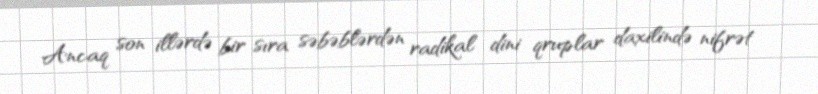
Ancaq son illərdə bir sıra səbəblərdən radikal dini qruplar daxilində nifrət